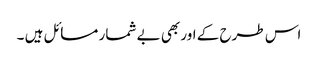
اس طرح کے اور بھی بے شمار مسائل ہیں ۔